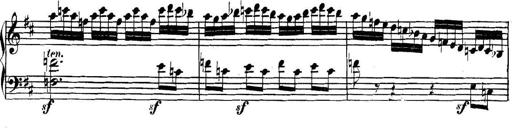
Title: Collected Piano Sonatas
Composer: Muzio Clementi